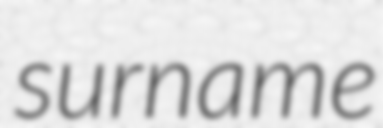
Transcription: surname